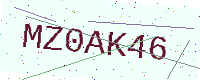
Text: MZ0AK46